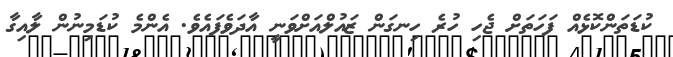
ކުޑަތަންކޮޅެއް ފަހަތަށް ޖެހި ހުރެ ހިނގަން ޒައުލްއަށްވަނީ އާދަވެފައެވެ. އެންމެ ކުޑަމިނުން ލާއިގާ